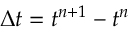
\Delta t = t ^ { n + 1 } - t ^ { n }